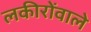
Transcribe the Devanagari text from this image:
लकीरोंवाले